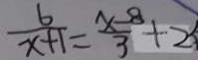
\frac { 6 } { x + 1 } = \frac { x - 8 } { 3 } + 2